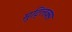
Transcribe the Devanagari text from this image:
मुट्लिक्स